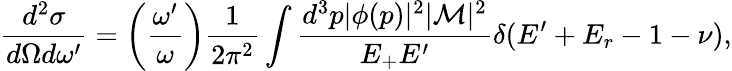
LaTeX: {\frac{d^{2}\sigma}{d\Omega d\omega^{\prime}}}=\left({\frac{\omega^{\prime}}{\omega}}\right){\frac{1}{2\pi^{2}}}\int{\frac{d^{3}p|\phi(p)|^{2}|{\cal{M}}|^{2}}{E_{+}E^{\prime}}}\delta(E^{\prime}+E_{r}-1-\nu),